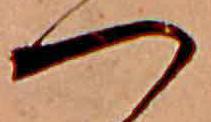
つ